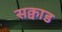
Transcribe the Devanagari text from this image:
सक्वाड